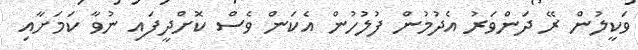
ވަކީލުން ރޭ ދަންވަރު އެދުމުން ފުލުހުން އެކަން ވެސް ކޮށްދީފައި ނުވާ ކަމަށާއި